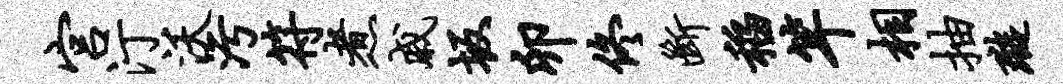
宫汀沃污符煮戚坂卯佟断稻竿相抽璇